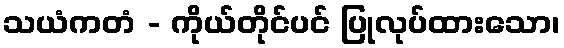
သယံကတံ - ကိုယ်တိုင်ပင် ပြုလုပ်ထားသော၊